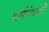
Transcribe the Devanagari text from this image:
धर्मपंथांचीं